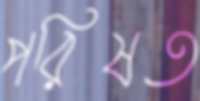
পরিষত